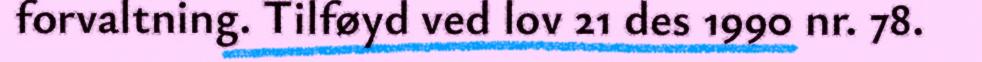
forvaltning. Tilføyd ved lov 21 des 1990 nr. 78.